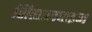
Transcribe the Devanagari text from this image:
सिसालपाइन